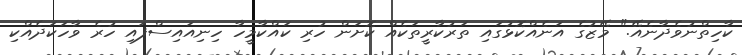
ކާހިތްނުވެދާނެއޭ." މޭޒުގެ އަނެއްކޮޅުގައި ތަރުކާރީތަކެއް ކޮށަން ހުރި ކައްކާމީހާ ހިނިއައިސްފައި ހުރެ ވާހަކަދެއްކި